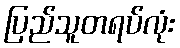
ပြည်သူတရပ်လုံး